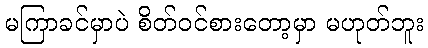
မကြာခင်မှာပဲ စိတ်ဝင်စားတော့မှာ မဟုတ်ဘူး